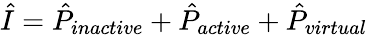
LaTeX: \hat{I}=\hat{P}_{inactive}+\hat{P}_{active}+\hat{P}_{virtual}